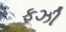
ફઝી